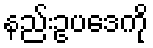
နည်းဥပဒေကို